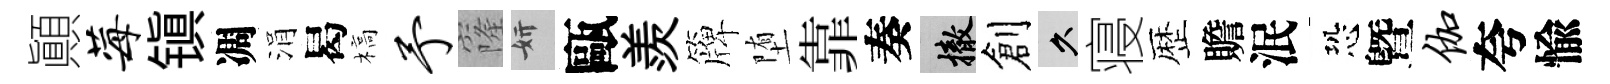
顚莓镇凋涓曷槁予窿妍甌羨簰堕靠奏撤創久寝歴贍泯恐曁伽夸愉